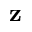
\mathbf { z }